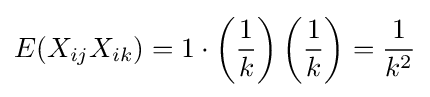
E(X_{ij}X_{ik})=1\cdot \left({\frac {1}{k}}\right)\left({\frac {1}{k}}\right)={\frac {1}{k^{2}}}